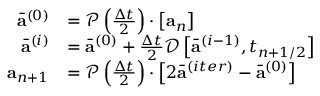
\begin{array} { r } { \begin{array} { r l } { \bar { \mathbf { a } } ^ { ( 0 ) } } & { = \mathcal { P } \left( \frac { \Delta t } { 2 } \right) \cdot \left[ \mathbf { a } _ { n } \right] } \\ { \bar { \mathbf { a } } ^ { ( i ) } } & { = \bar { \mathbf { a } } ^ { ( 0 ) } + \frac { \Delta t } { 2 } \mathcal { D } \left[ \bar { \mathbf { a } } ^ { ( i - 1 ) } , t _ { n + 1 / 2 } \right] } \\ { \mathbf { a } _ { n + 1 } } & { = \mathcal { P } \left( \frac { \Delta t } { 2 } \right) \cdot \left[ 2 \bar { \mathbf { a } } ^ { ( i t e r ) } - \bar { \mathbf { a } } ^ { ( 0 ) } \right] } \end{array} } \end{array}